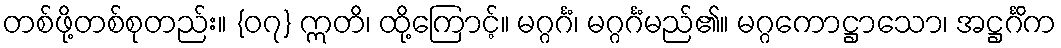
တစ်ဖို့တစ်စုတည်း။ {၀၇} ဣတိ၊ ထို့ကြောင့်။ မဂ္ဂင်္ဂံ၊ မဂ္ဂင်္ဂံမည်၏။ မဂ္ဂကောဋ္ဌာသော၊ အဋ္ဌင်္ဂိက